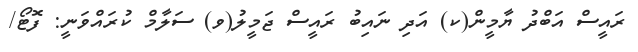
ރައީސް އަބްދު ޔާމީން(ކ) އަދި ނައިބު ރައީސް ޖަމީލު(ވ) ސަލާމް ކުރައްވަނީ: ފޮޓޯ/